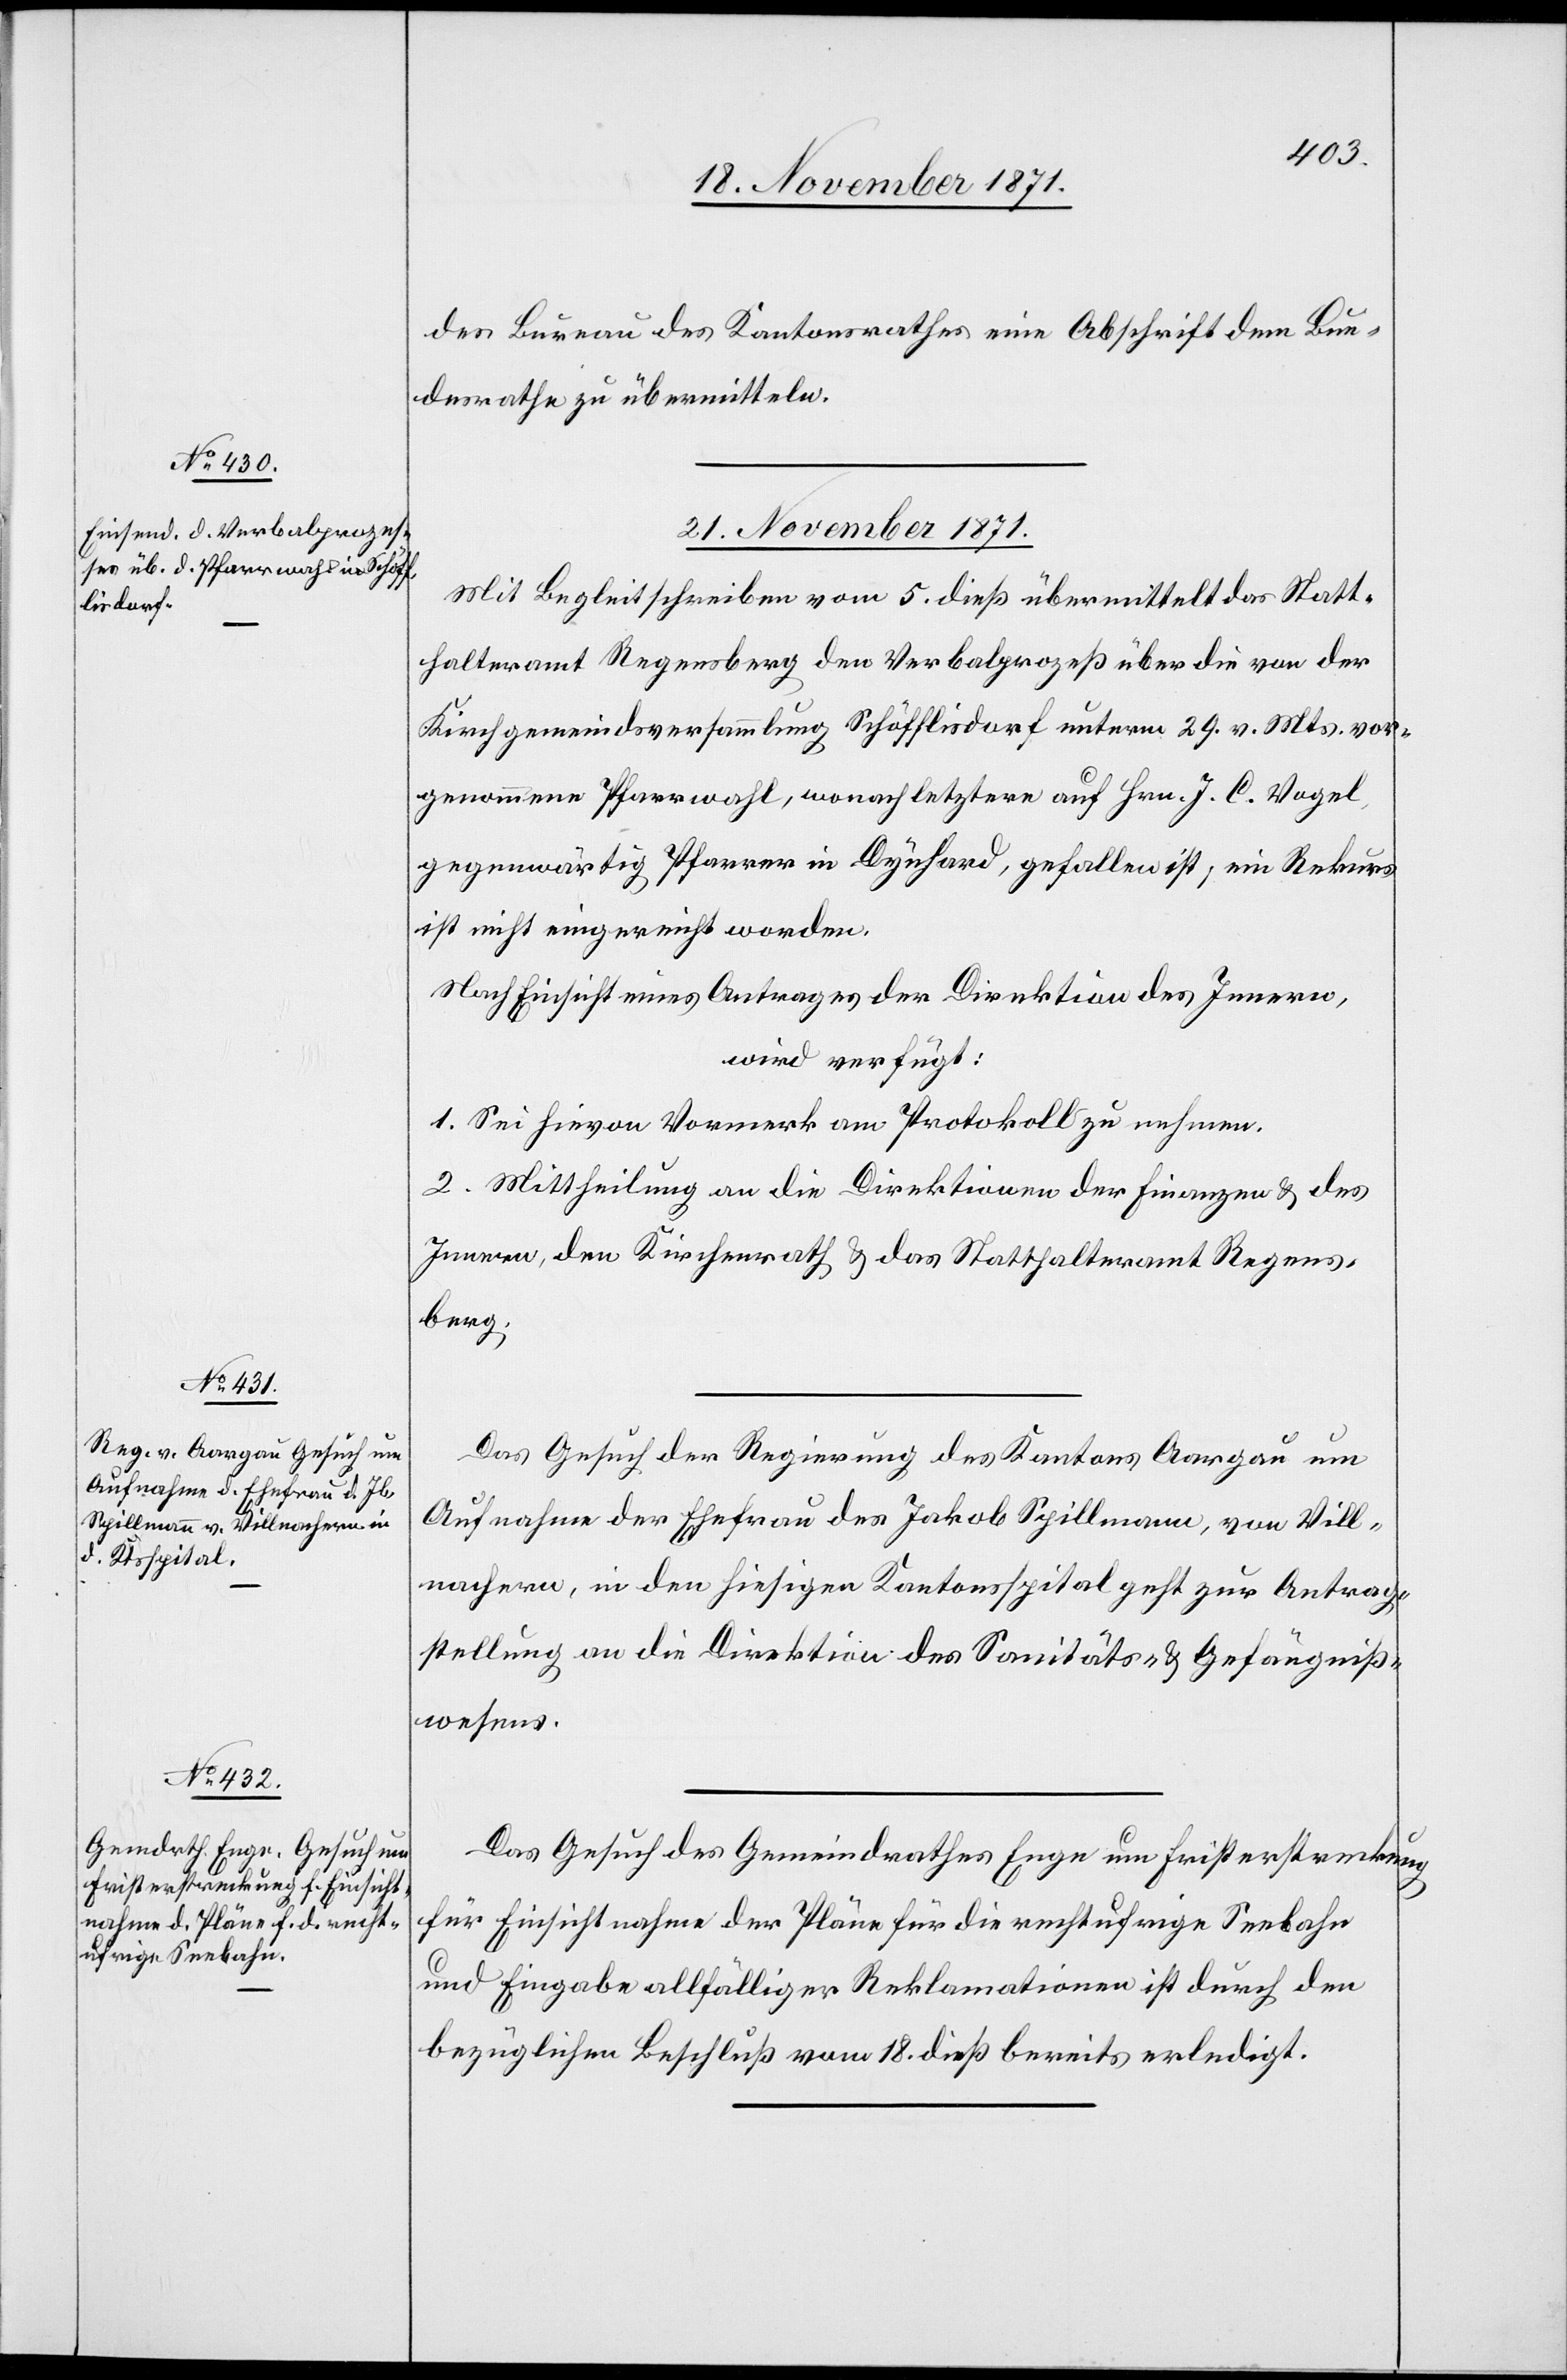
des Bureau des Kantonsrathes eine Abschrift dem Bun¬
desrathe zu übermitteln.
21. November 1871.]
Mit Begleitschreiben vom 5. dieß übermittelt das Statt¬
halteramt Regensberg den Verbalprozeß über die von der
Kirchgemeindeversammlung Schöfflisdorf unterm 29. v. Mts vor¬
genommene Pfarrwahl, wonach letztere auf Hrn. J. C. Vogel
gegenwärtig Pfarrer in Dynhard, gefallen ist, ein Rekurs
ist nicht eingereicht worden.
Nach Einsicht eines Antrages der Direktion des Innern,
wird verfügt:
1. Sei hievon Vormerk am Protokoll zu nehmen.
2. Mittheilung an die Direktionen der Finanzen & des
Innern, den Kirchenrath & das Statthalteramt Regens¬
berg.
Das Gesuch der Regierung des Kantons Aargau um
Aufnahme der Ehefrau des Jakob Spillmann, von Vill¬
nachern, in den hiesigen Kantonsspital geht zur Antrag¬
stellung an die Direktion des Sanitäts- & Gefängniß¬
wesens.
Das Gesuch des Gemeindrathes Enge um Fristerstreckung
für Einsichtnahme der Pläne für die rechtufrige Seebahn
und Eingabe allfälliger Reklamationen ist durch den
bezüglichen Beschluß vom 18. dieß bereits erledigt.